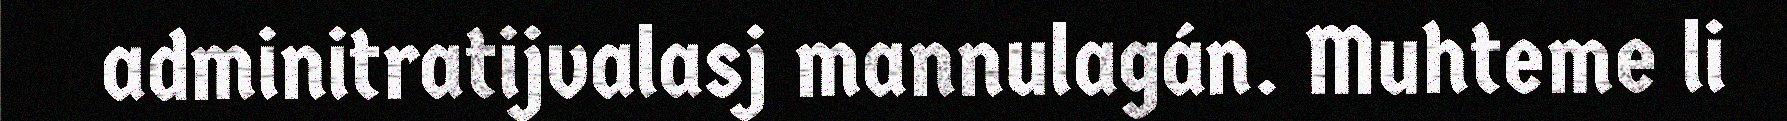
adminitratijvalasj mannulagán. Muhteme li